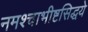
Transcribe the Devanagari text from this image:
नमश्चाभीष्टसिद्धये